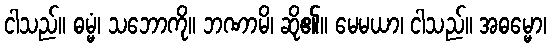
ငါသည်။ ဓမ္မံ၊ သဘောကို။ ဘဏာမိ၊ ဆို၏။ မေမယာ၊ ငါသည်။ အဓမ္မော၊